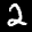
Digit: 2